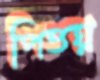
পিত্তঘ্ন